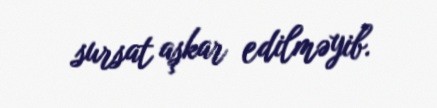
sursat aşkar edilməyib.